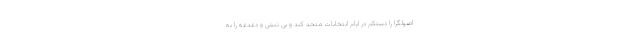
اصولگرا را دستکم در ایام انتخابات متحد کند و بی تنش و دغدغه را به